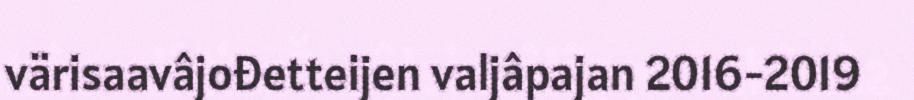
värisaavâjođetteijen valjâpajan 2016-2019